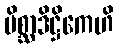
မိစ္ဆာဒိဋ္ဌိကေဟိ